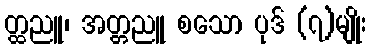
တ္ထညူ၊ အတ္တညူ စသော ပုဒ် (၇)မျိုး